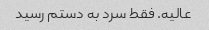
عالیه. فقط سرد به دستم رسید